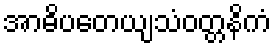
အာဓိပတေယျသံဝတ္တနိကံ